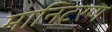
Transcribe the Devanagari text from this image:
मानिटरण